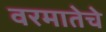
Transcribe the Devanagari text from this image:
वरमातेचे